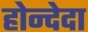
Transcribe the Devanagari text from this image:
होन्देदा